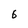
Character: 6